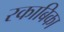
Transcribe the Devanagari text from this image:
रकाबिका